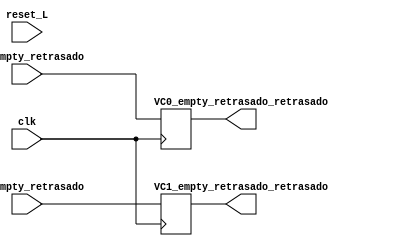
module retraso3(input reset_L, clk,
					input VC0_empty_retrasado, VC1_empty_retrasado,
                    output reg VC0_empty_retrasado_retrasado, VC1_empty_retrasado_retrasado);
					

	always@(posedge clk) begin
		VC0_empty_retrasado_retrasado <= VC0_empty_retrasado ;
        VC1_empty_retrasado_retrasado <= VC1_empty_retrasado ;
	end


endmodule